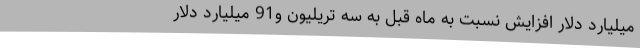
میلیارد دلار افزایش نسبت به ماه قبل به سه تریلیون و91 میلیارد دلار